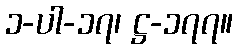
၁-ပါ-၁၇၊ ဋ္ဌ-၁၇၇။